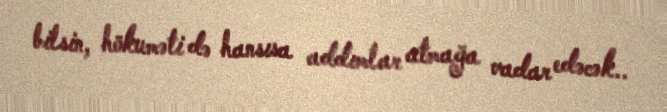
bilsin, hökuməti də hansısa addımlar atmağa vadar edəcək..